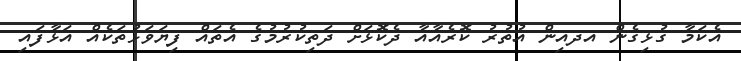
އެކަމާ ގުޅިގެން އދއިން އުތުރު ކޮރެއާއާ ދެކޮޅަށް ދަތިކުރުމުގެ އެތައް ފިޔަވަޅުތަކެއް އަޅާފައި